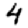
Digit: 4